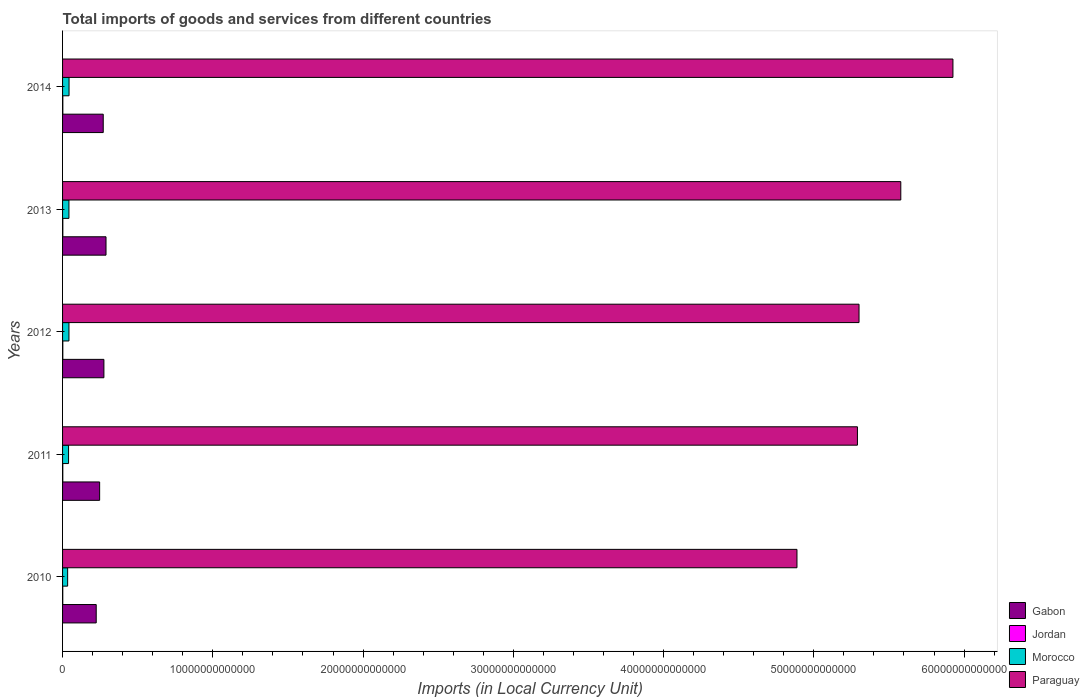
| Years | Gabon | Jordan | Morocco | Paraguay |
 | --- | --- | --- | --- | --- |
 | 2010 | 2.24e+12 | 1.3e+10 | 3.38e+11 | 4.89e+13 |
 | 2011 | 2.47e+12 | 1.51e+10 | 4e+11 | 5.29e+13 |
 | 2012 | 2.75e+12 | 1.63e+10 | 4.26e+11 | 5.3e+13 |
 | 2013 | 2.89e+12 | 1.72e+10 | 4.24e+11 | 5.58e+13 |
 | 2014 | 2.71e+12 | 1.76e+10 | 4.31e+11 | 5.93e+13 |